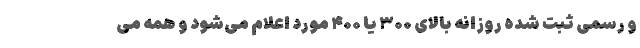
و رسمی ثبت شده روزانه بالای ۳۰۰ یا ۴۰۰ مورد اعلام می‌شود و همه می